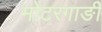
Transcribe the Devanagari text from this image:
मोटरगाङी